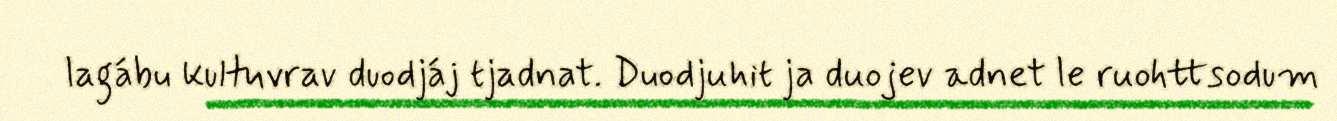
lagábu kultuvrav duodjáj tjadnat. Duodjuhit ja duojev adnet le ruohttsodum